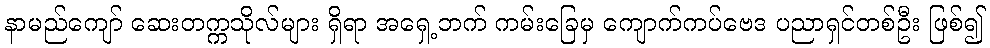
နာမည်ကျော် ဆေးတက္ကသိုလ်များ ရှိရာ အရှေ့ဘက် ကမ်းခြေမှ ကျောက်ကပ်ဗေဒ ပညာရှင်တစ်ဦး ဖြစ်၍